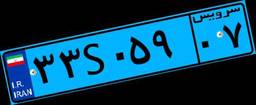
۳۵S۵۲۰۰۹